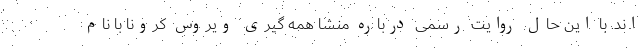
اند. با این حال روایت رسمی درباره منشا همه گیری ویروس کرونا با نام